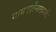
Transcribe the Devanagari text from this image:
मागदर्शनाखाली